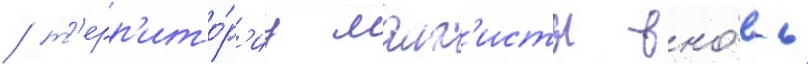
/ т'ерр'ито́р'иу малх'исты вно́вь